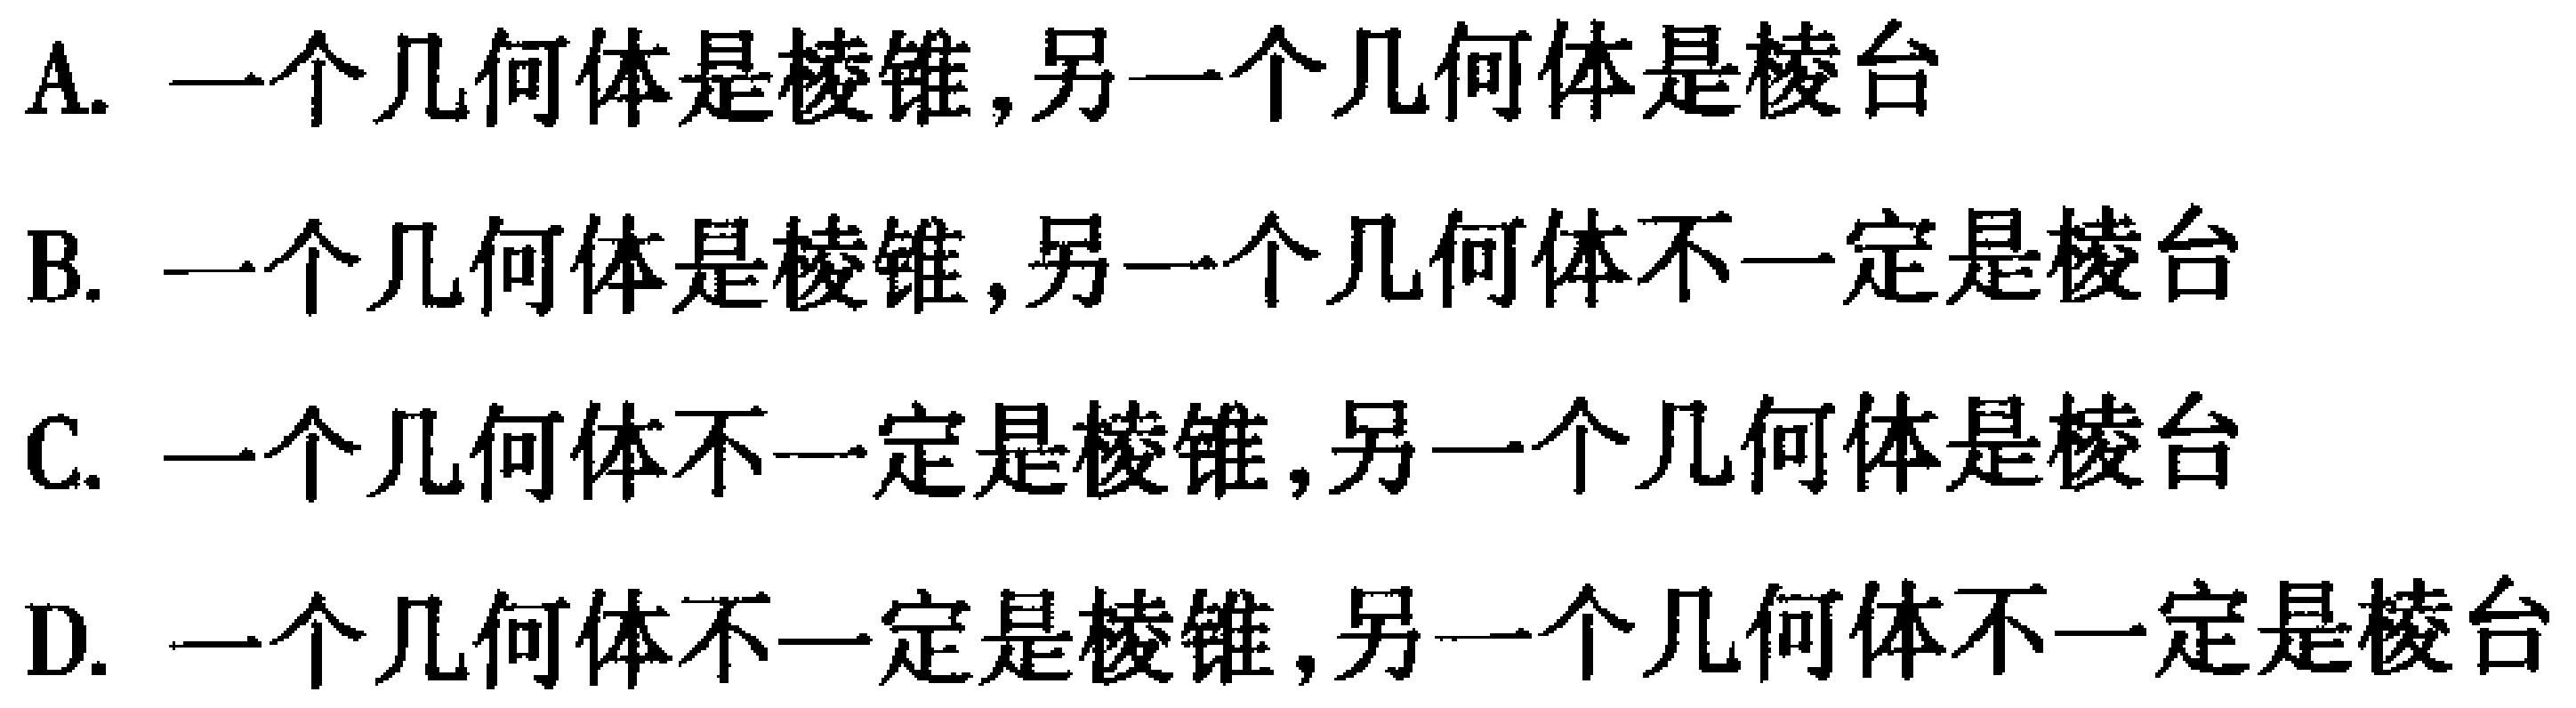
A. 一个几何体是棱锥,另一个几何体是棱台
B. 一个几何体是棱锥,另一个几何体不一定是棱台
C. 一个几何体不一定是棱锥,另一个几何体是棱台
D. 一个几何体不一定是棱锥,另一个几何体不一定是棱台